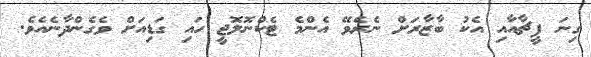
ގިނަ ފީޗާއާއި އެކު ބާޒާރަށް ނެރެވޭ އެންމެ ޓެކްނޮލޮޖީ ހައި ގަޑިއަށް ވެގެންދާނެއެވެ.